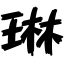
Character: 琳